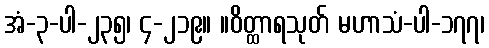
အံ-၃-ပါ-၂၃၅၊ ၄-၂၁၉။ ။ဝိတ္ထာရသုတ် မဟာသံ-ပါ-၁၇၇၊